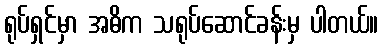
ရုပ်ရှင်မှာ အဓိက သရုပ်ဆောင်ခန်းမှ ပါတယ်။